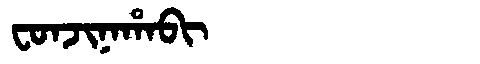
Manchu: ᠸᠣᠨᠵᡳᠨᠠᡥᠠᠪᡳ
Romanization: FONJINAHABI